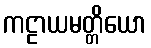
ကဠာယမတ္တိယော